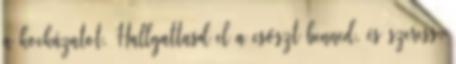
a kockázatot. Hallgattasd el a csőszt benned, és szeress,